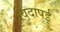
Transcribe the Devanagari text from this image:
विदापई